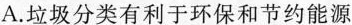
A.垃圾分类有利于环保和节约能源